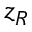
z _ { R }